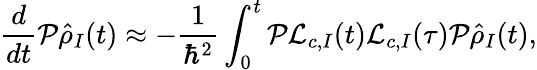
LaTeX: \frac{d}{dt}{\mathcal P}\hat{\rho}_{I}(t)\approx-\frac{1}{\hbar^{2}}\int_{0}^{t}{\mathcal P}{\mathcal L}_{c,I}(t){\mathcal L}_{c,I}(\tau){\mathcal P}\hat{\rho}_{I}(t),